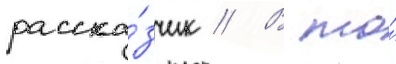
расска́зчик // В то́